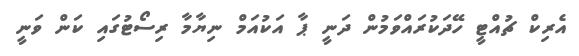
އެރިކް ޗުއްޓީ ހޭދަކުރައްވަމުން ދަނީ ޕާ އަކުއަމް ނިޔާމާ ރިސޯޓުގައި ކަން ވަނީ